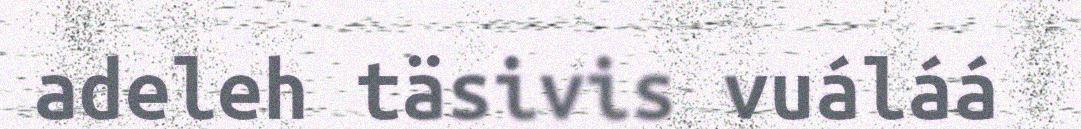
adeleh täsivis vuáláá